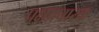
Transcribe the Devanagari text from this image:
पक्षप्रचारक